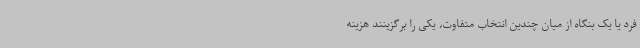
فرد یا یک بنگاه از میان چندین انتخاب متفاوت، یکی را برگزینند هزینه